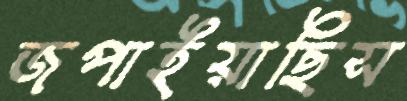
জপাইয়াছিস